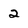
Character: 2